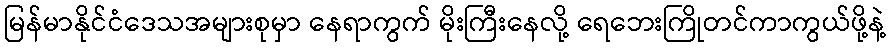
မြန်မာနိုင်ငံဒေသအများစုမှာ နေရာကွက် မိုးကြီးနေလို့ ရေဘေးကြိုတင်ကာကွယ်ဖို့နဲ့